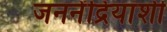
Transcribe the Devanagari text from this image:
जननेंद्रियांशी